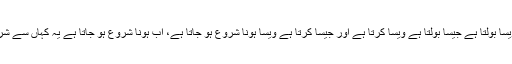
مفہوماً عرض کرتا ہوں، میرا بندا جیسا سوچتا ہے ویسا بولتا ہے جیسا بولتا ہے ویسا کرتا ہے اور جیسا کرتا ہے ویسا ہونا شروع ہو جاتا ہے، اب ہونا شروع ہو جاتا ہے یہ کہاں سے شروع ہوا ہے آپ کی سوچ سے چونکہ اللہ فرماتا ہے۔